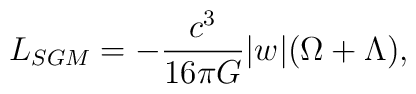
L_{SGM}=-{c^{3} \over 16{\pi}G}\vert w \vert(\Omega + \Lambda ),